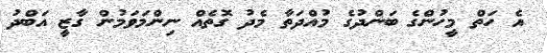
އެ ހަތް މީހުންގެ ބަންދުގެ މުއްދަތާ މެދު ގޮތެއް ނިންމަވަމުން ގާޒީ އަބްދު